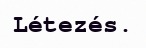
Létezés.